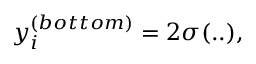
y _ { i } ^ { ( b o t t o m ) } = 2 \sigma ( . . ) ,